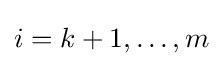
i=k+1,\ldots ,m